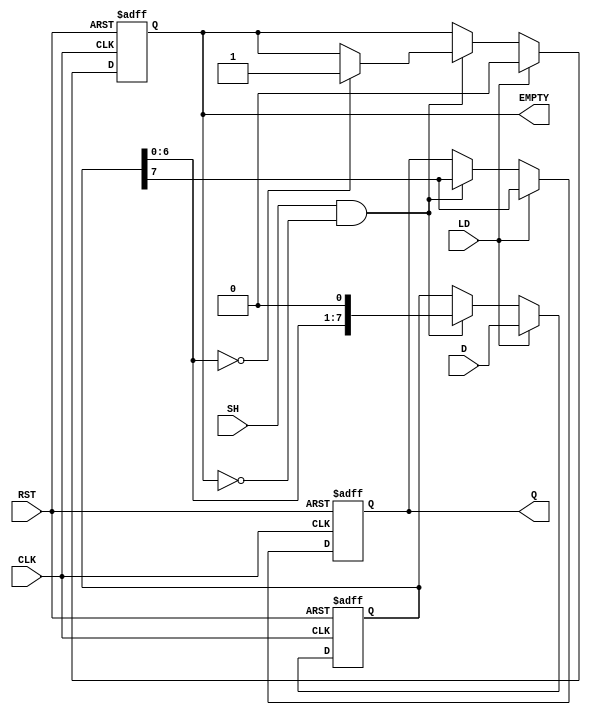
module PISO_Register #(
    parameter width = 8  // Parameter to define the width of the register
)(
    input wire [width-1:0] D,    // Parallel data input
    input wire LD,                // Load signal
    input wire CLK,               // Clock signal
    input wire SH,                // Shift signal
    input wire RST,               // Reset signal
    output reg Q,                 // Serial output
    output reg EMPTY              // Empty signal
);

    reg [width-1:0] shift_reg;    // Internal shift register

    // Asynchronous reset and loading logic
    always @(posedge CLK or posedge RST) begin
        if (RST) begin
            shift_reg <= 0;        // Clear the shift register
            Q <= 0;                // Clear the serial output
            EMPTY <= 1;            // Register is empty
        end else if (LD) begin
            shift_reg <= D;        // Load data into the shift register
            Q <= shift_reg[width-1]; // Output the MSB
            EMPTY <= 0;            // Register is not empty after loading
        end else if (SH && !EMPTY) begin
            Q <= shift_reg[width-1]; // Output the MSB
            shift_reg <= {shift_reg[width-2:0], 1'b0}; // Shift left
            // Check if the register is empty after shifting
            if (shift_reg[width-2:0] == 0)
                EMPTY <= 1; // All bits have been shifted out
        end
    end

endmodule